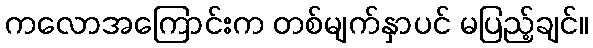
ကလောအကြောင်းက တစ်မျက်နှာပင် မပြည့်ချင်။